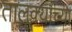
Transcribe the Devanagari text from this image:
तालूक्याच्या